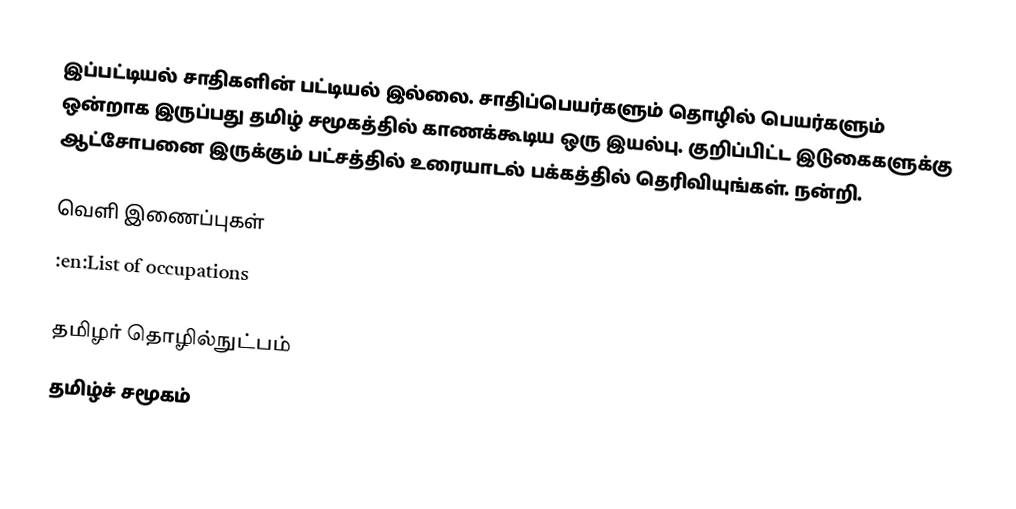
இப்பட்டியல் சாதிகளின் பட்டியல் இல்லை.  சாதிப்பெயர்களும் தொழில் பெயர்களும் ஒன்றாக இருப்பது தமிழ் சமூகத்தில் காணக்கூடிய ஒரு இயல்பு.  குறிப்பிட்ட இடுகைகளுக்கு ஆட்சோபனை இருக்கும் பட்சத்தில் உரையாடல் பக்கத்தில் தெரிவியுங்கள்.  நன்றி.

வெளி இணைப்புகள்
 :en:List of occupations

தமிழர் தொழில்நுட்பம்
தமிழ்ச் சமூகம்